Annual report of the Punjab Veterinary College and of the Civil Veterinary Department, Punjab - 1920-1925
Year: 1920
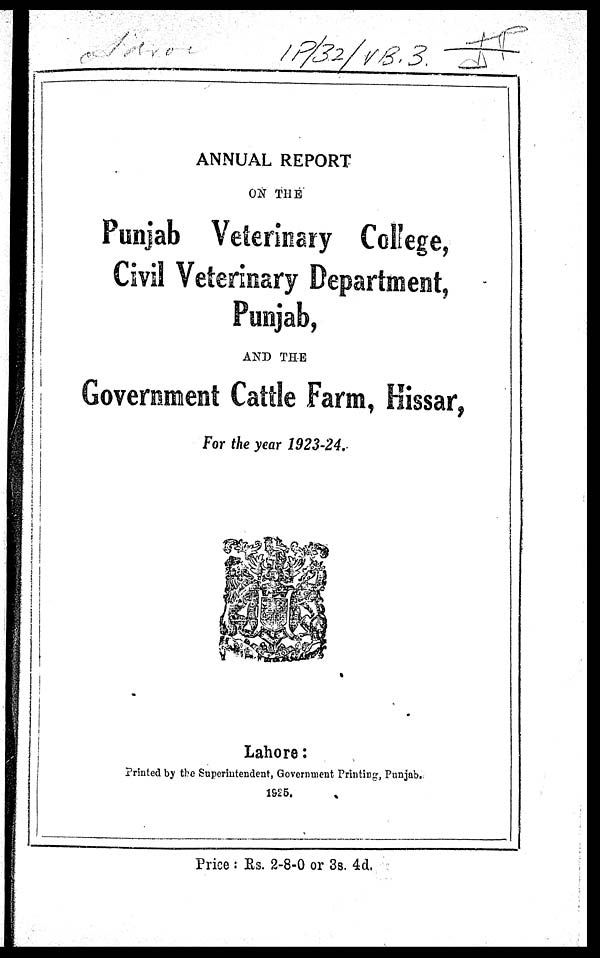
ANNUAL REPORT
ON THE
Punjab Veterinary College,
Civil Veterinary Department,
Punjab,
AND THE
Government Cattle Farm, Hissar,
For the year 1923-24.
Lahore:
Printed by the Superintendent, Government Printing, Punjab,
1925.
Price: Rs. 2-8-0 or 3s. 4d.